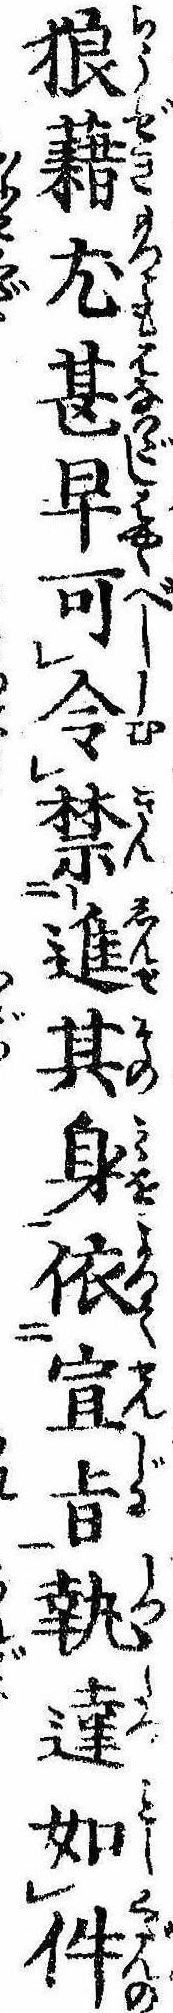
狼藉尤甚早可令禁進其身依宣㫖執達如件